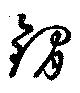
鐗